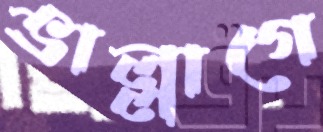
ভাল্লাগে